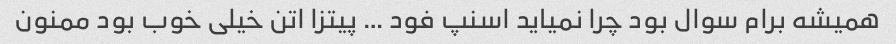
همیشه برام سوال بود چرا نمیاید اسنپ فود … پیتزا اتن خیلی خوب بود ممنون